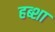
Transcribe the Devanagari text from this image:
हब्शा